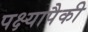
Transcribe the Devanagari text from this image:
पक्ष्यापैकी